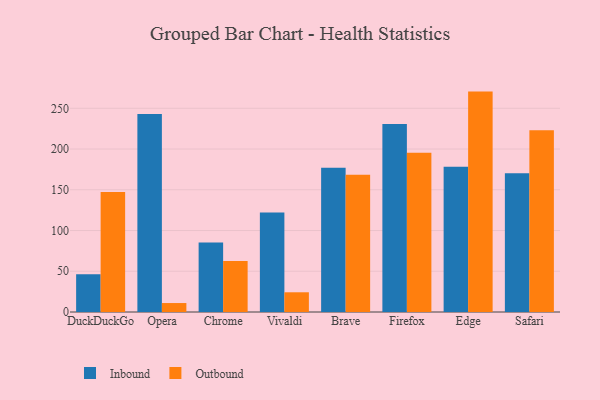
{"axis": {"x": "Browser", "y": "Customer Acquisition Cost (USD)"}, "legend": ["Inbound", "Outbound"], "data": [{"x": "DuckDuckGo", "y": 46.3, "type": "Inbound"}, {"x": "DuckDuckGo", "y": 147.4, "type": "Outbound"}, {"x": "Opera", "y": 243.0, "type": "Inbound"}, {"x": "Opera", "y": 11.0, "type": "Outbound"}, {"x": "Chrome", "y": 85.4, "type": "Inbound"}, {"x": "Chrome", "y": 62.5, "type": "Outbound"}, {"x": "Vivaldi", "y": 122.2, "type": "Inbound"}, {"x": "Vivaldi", "y": 24.2, "type": "Outbound"}, {"x": "Brave", "y": 177.0, "type": "Inbound"}, {"x": "Brave", "y": 168.6, "type": "Outbound"}, {"x": "Firefox", "y": 230.7, "type": "Inbound"}, {"x": "Firefox", "y": 195.5, "type": "Outbound"}, {"x": "Edge", "y": 178.3, "type": "Inbound"}, {"x": "Edge", "y": 270.5, "type": "Outbound"}, {"x": "Safari", "y": 170.4, "type": "Inbound"}, {"x": "Safari", "y": 223.2, "type": "Outbound"}]}